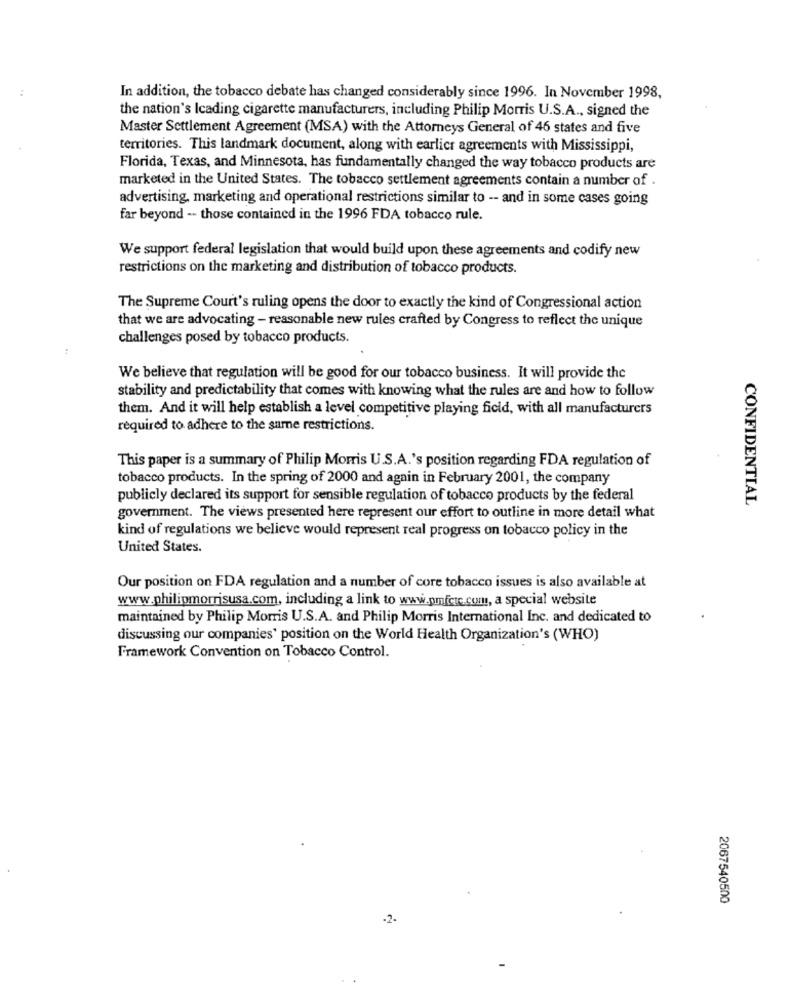
In addition, the tobacco debate has changed considerably since 1996. In November 1998,
the nation's Icading cigarette manufacturers, including Philip Morris U.S.A ., signed the
Master Settlement Agreement (MSA) with the Attorneys General of 46 states and five
territories. This landmark document, along with earlier agreements with Mississippi,
Florida, Texas, and Minnesota, has fundamentally changed the way tobacco products are
marketed in the United States. The tobacco settlement agreements contain a number of .
advertising, marketing and operational restrictions similar to -- and in some cases going
far beyond -- those contained in the 1996 FDA tobacco rule.
We support federal legislation that would build upon these agreements and codify new
restrictions on the marketing and distribution of tobacco products.
The Supreme Court's ruling opens the door to exactly the kind of Congressional action
that we are advocating - reasonable new rules crafted by Congress to reflect the unique
challenges posed by tobacco products.
We believe that regulation will be good for our tobacco business. It will provide the
stability and predictability that comes with knowing what the rules are and how to follow
them. And it will help establish a level competitive playing field, with all manufacturers
required to adhere to the same restrictions.
This paper is a summary of Philip Morris U.S.A.'s position regarding FDA regulation of
tobacco products. In the spring of 2000 and again in February 2001, the company
publicly declared its support for sensible regulation of tobacco products by the federal
CONFIDENTIAL
government. The views presented here represent our effort to outline in more detail what
kind of regulations we believe would represent real progress on tobacco policy in the
United States.
Our position on FDA regulation and a number of core tobacco issues is also available at
www.philipmorrisusa.com, including a link to www.pmfcte.com, a special website
maintained by Philip Morris U.S.A. and Philip Morris International Inc. and dedicated to
discussing our companies' position on the World Health Organization's (WHO)
Framework Convention on Tobacco Control.
2067540500
-2-